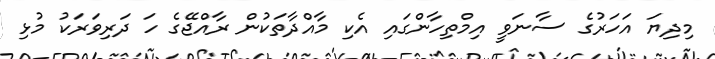
މިދިޔަ އަހަރުގެ ސާނަވީ އިމްތިހާންގައި އެކި މާއްދާތަކުން ރާއްޖޭގެ ހަ ދަރިވަރަކު މުޅި